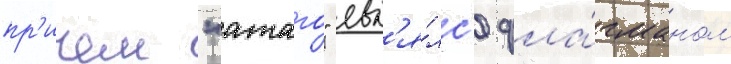
пр'ичем "атаго" явл'я́лс'я фла́гманом